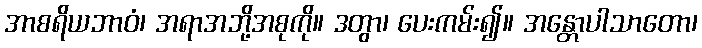
အာစရိယဘာဝံ၊ အရာအဘို့အစုကို။ ဒတွာ၊ ပေးကမ်း၍။ အန္တောပါသာတော၊